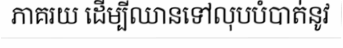
ភាគរយ ដើម្បីឈានទៅលុបបំបាត់នូវ